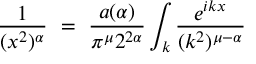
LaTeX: \frac { 1 } { ( x ^ { 2 } ) ^ { \alpha } } ~ = ~ \frac { a ( \alpha ) } { \pi ^ { \mu } 2 ^ { 2 \alpha } } \int _ { k } \frac { e ^ { i k x } } { ( k ^ { 2 } ) ^ { \mu - \alpha } }